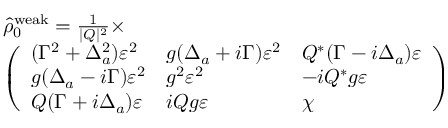
\begin{array} { r l } & { \hat { \rho } _ { 0 } ^ { \mathrm { w e a k } } = \frac { 1 } { | Q | ^ { 2 } } \times } \\ & { \left( \begin{array} { l l l } { ( \Gamma ^ { 2 } + \Delta _ { a } ^ { 2 } ) \varepsilon ^ { 2 } } & { g ( \Delta _ { a } + i \Gamma ) \varepsilon ^ { 2 } } & { Q ^ { * } ( \Gamma - i \Delta _ { a } ) \varepsilon } \\ { g ( \Delta _ { a } - i \Gamma ) \varepsilon ^ { 2 } } & { g ^ { 2 } \varepsilon ^ { 2 } } & { - i Q ^ { * } g \varepsilon } \\ { Q ( \Gamma + i \Delta _ { a } ) \varepsilon } & { i Q g \varepsilon } & { \chi } \end{array} \right) } \end{array}